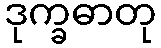
ဒုက္ခဓာတု